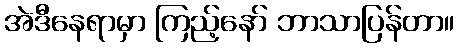
အဲဒီနေရာမှာ ကြည့်နော် ဘာသာပြန်တာ။